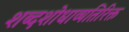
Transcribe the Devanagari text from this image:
शब्दशोधाव्यतिरिक्त